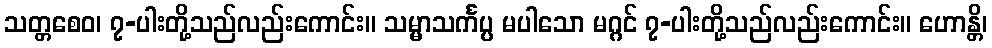
သတ္တစေဝ၊ ၇-ပါးတို့သည်လည်းကောင်း။ သမ္မာသင်္ကပ္ပ မပါသော မဂ္ဂင် ၇-ပါးတို့သည်လည်းကောင်း။ ဟောန္တိ၊